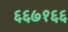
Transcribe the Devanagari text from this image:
६६७१६६